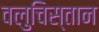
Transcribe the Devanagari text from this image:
वलुचिस्तान